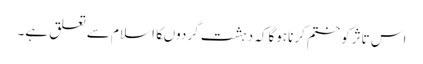
اس تاثرکوختم کرناہوگاکہ دہشت گردوںکااسلام سے تعلق ہے۔